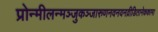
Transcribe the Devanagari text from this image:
प्रोन्मीलन्मञ्जुकञ्जारुणनवनयनव्रीडितानेककाम।